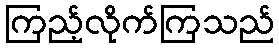
ကြည့်လိုက်ကြသည်